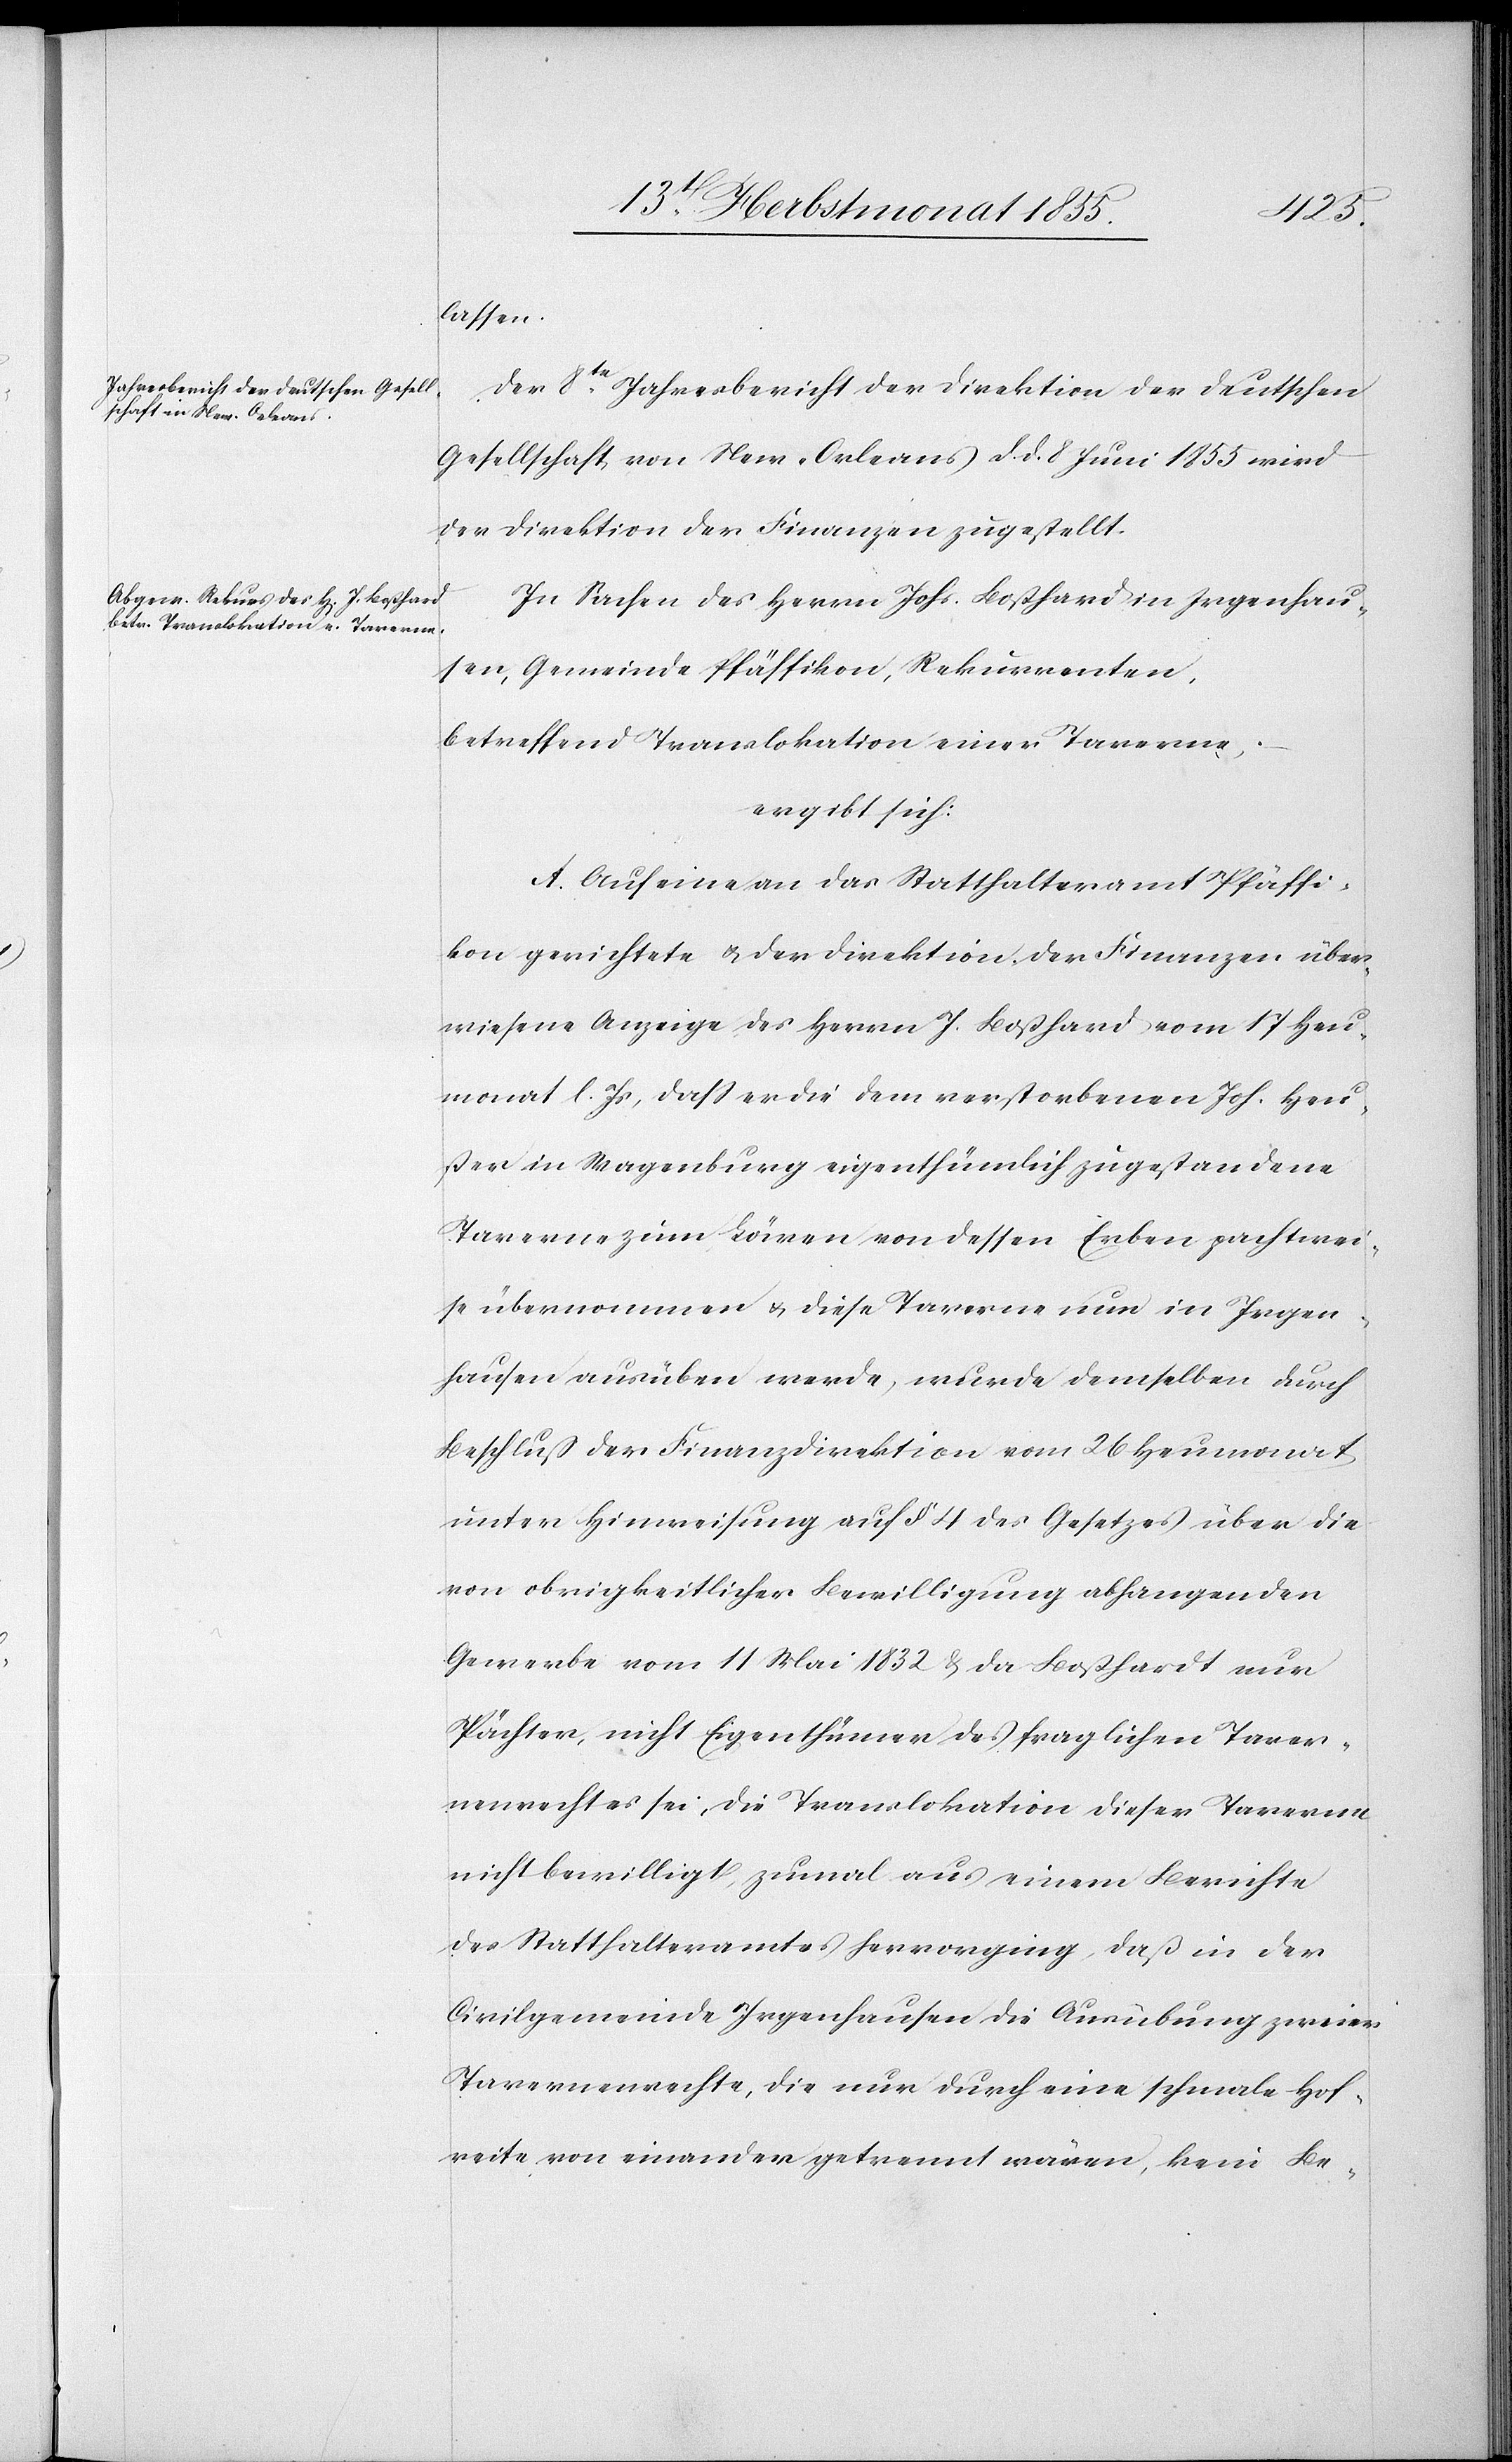
lassen.
Der 8te. Jahresbericht der Direktion der Deutschen
Gesellschaft von New-Orleans d. d. 8 Juni 1855 wird
der Direktion der Finanzen zugestellt.
In Sachen des Herrn Johs. Boßhard in Irgenhau¬
sen, Gemeinde Pfäffikon, Rekurrenten,
betreffend Translokation einer Taverne,
ergibt sich:
A. Auf eine an das Statthalteramt Pfäffi¬
kon gerichtete & der Direktion der Finanzen über¬
wiesene Anzeige des Herrn J. Boßhard vom 17 Heu¬
monat l. Js, dass er die dem verstorbenen Joh. Heu¬
ßer in Wagenburg eigenthümlich zugestandene
Taverne zum Löwen von dessen Erben pachtwei¬
se übernommen & diese Taverne nun in Irgen¬
hausen ausüben werde, wurde demselben durch
Beschluß der Finanzdirektion vom 26 Heumonat
unter Hinweisung auf § 4 des Gesetzes über die
von obrigkeitlicher Bewilligung abhangenden
Gewerbe vom 11 Mai 1832 & da Boßhardt nur
Pächter, nicht Eigenthümer des fraglichen Taver¬
nenrechtes sei, die Translokation dieser Taverne
nicht bewilligt, zumal aus einem Berichte
des Statthalteramtes hervorging, daß in der
Civilgemeinde Irgenhausen die Ausübung zweier
Tavernenrechte, die nur durch eine schmale Hof¬
reite von einander getrennt wären, kein Be-